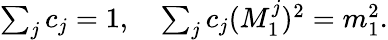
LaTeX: \begin{array}{r}{\sum_{j}c_{j}=1,\quad\sum_{j}c_{j}(M_{1}^{j})^{2}=m_{1}^{2}.}\end{array}